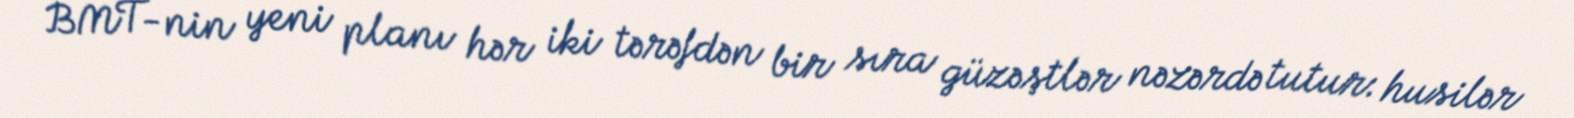
BMT-nin yeni planı hər iki tərəfdən bir sıra güzəştlər nəzərdə tutur: husilər